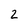
Character: 2